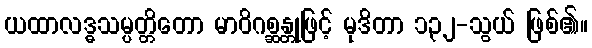
ယထာလဒ္ဓသမ္ပတ္တိတော မာဝိဂစ္ဆန္တုဖြင့် မုဒိတာ ၁၃၂-သွယ် ဖြစ်၏။